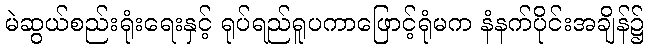
မဲဆွယ်စည်းရုံးရေးနှင့် ရုပ်ရည်ရူပကာဖြောင့်ရုံမက နံနက်ပိုင်းအချိန်၌